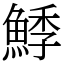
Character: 鯚